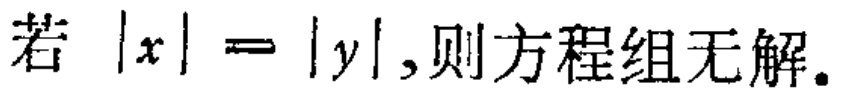
若 \(|x| = |y|\),则方程组无解。